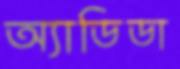
অ্যাডিডা